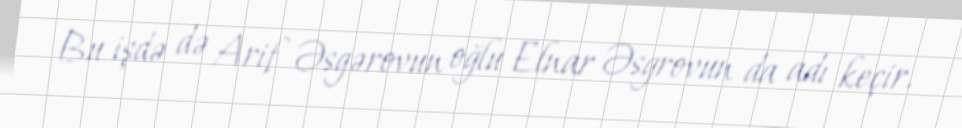
Bu işdə də Arif Əsgərovun oğlu Elnar Əsgrovun da adı keçir.